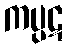
ကပ္ပဋ